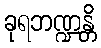
ခုရဘဏ္ဍန္တိ